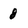
Character: 8